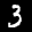
Label: 3